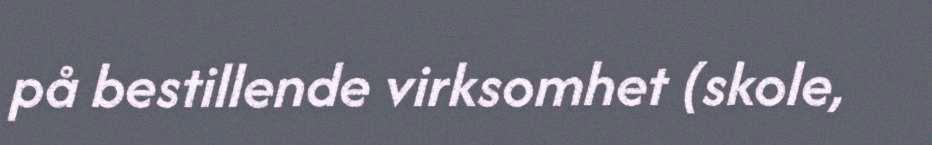
på bestillende virksomhet (skole,